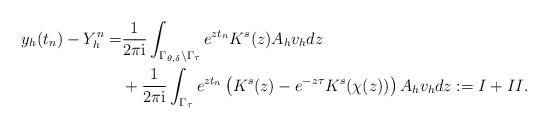
LaTeX: \begin{align*} y_h(t_n) - Y_h^n=&\frac{1}{2\pi\mathrm{i}}\int_{\Gamma_{\theta,\delta}\backslash\Gamma_\tau} e^{zt_n} K^s(z)A_hv_hdz\\&+\frac{1}{2\pi\mathrm{i}}\int_{\Gamma_\tau} e^{zt_n} \left(K^s(z)-e^{-z\tau} K^s(\chi(z))\right) A_hv_hdz := I+II.\end{align*}